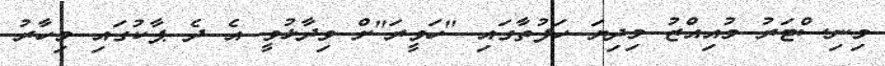
މިނިސްޓަރު މުުއިއްޒު މިދިޔަ ހަފުތާގައި "ހަވީރަ"ށް ވިދާޅުވީ އެ ދެ ޕާކުގައި މިހާރު